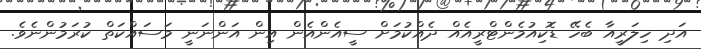
އަދި ހިލަރީއާ ބެހޭ ޑޮކިއުމެންޓްރީއެއް ދެއްކުމަށް ސީއެންއެން އިން އަންނަނީ މަސައްކަތް ކުރަމުންނެވެ.